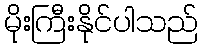
မိုးကြီးနိုင်ပါသည်